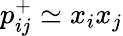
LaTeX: p_{ij}^{+}\simeq x_{i}x_{j}